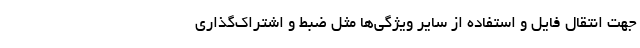
جهت انتقال فایل و استفاده از سایر ویژگی‌ها مثل ضبط و اشتراک‌گذاری